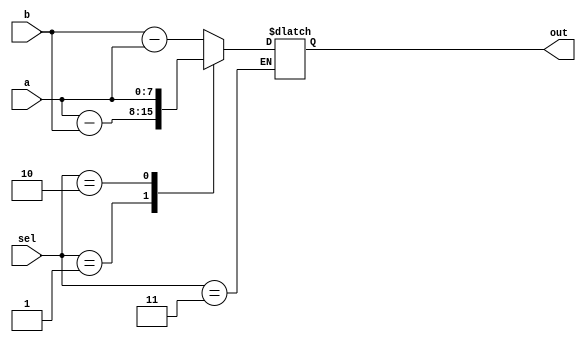
module ADD_SUB_ALU(
input [7:0] a,b,
input [1:0] sel,
output reg [7:0] out
);

//0 is B-A
//1 is A-B
//2 is pass A


always@(*) begin
    case(sel)
    2'b00: begin
        out = b-a;  
    end
    2'b01: begin
        out = a-b;
    end
    2'b10: begin
        out = a;
    end
    2'b11: begin
        out = out;
    end    
    endcase
end

/*
CLA #(8) CLA_I(
.A(mux_1),
.B(mux_2),
.Cin(1'b0),

.Sum(m_b),
.Cout(carry)
);
*/

endmodule